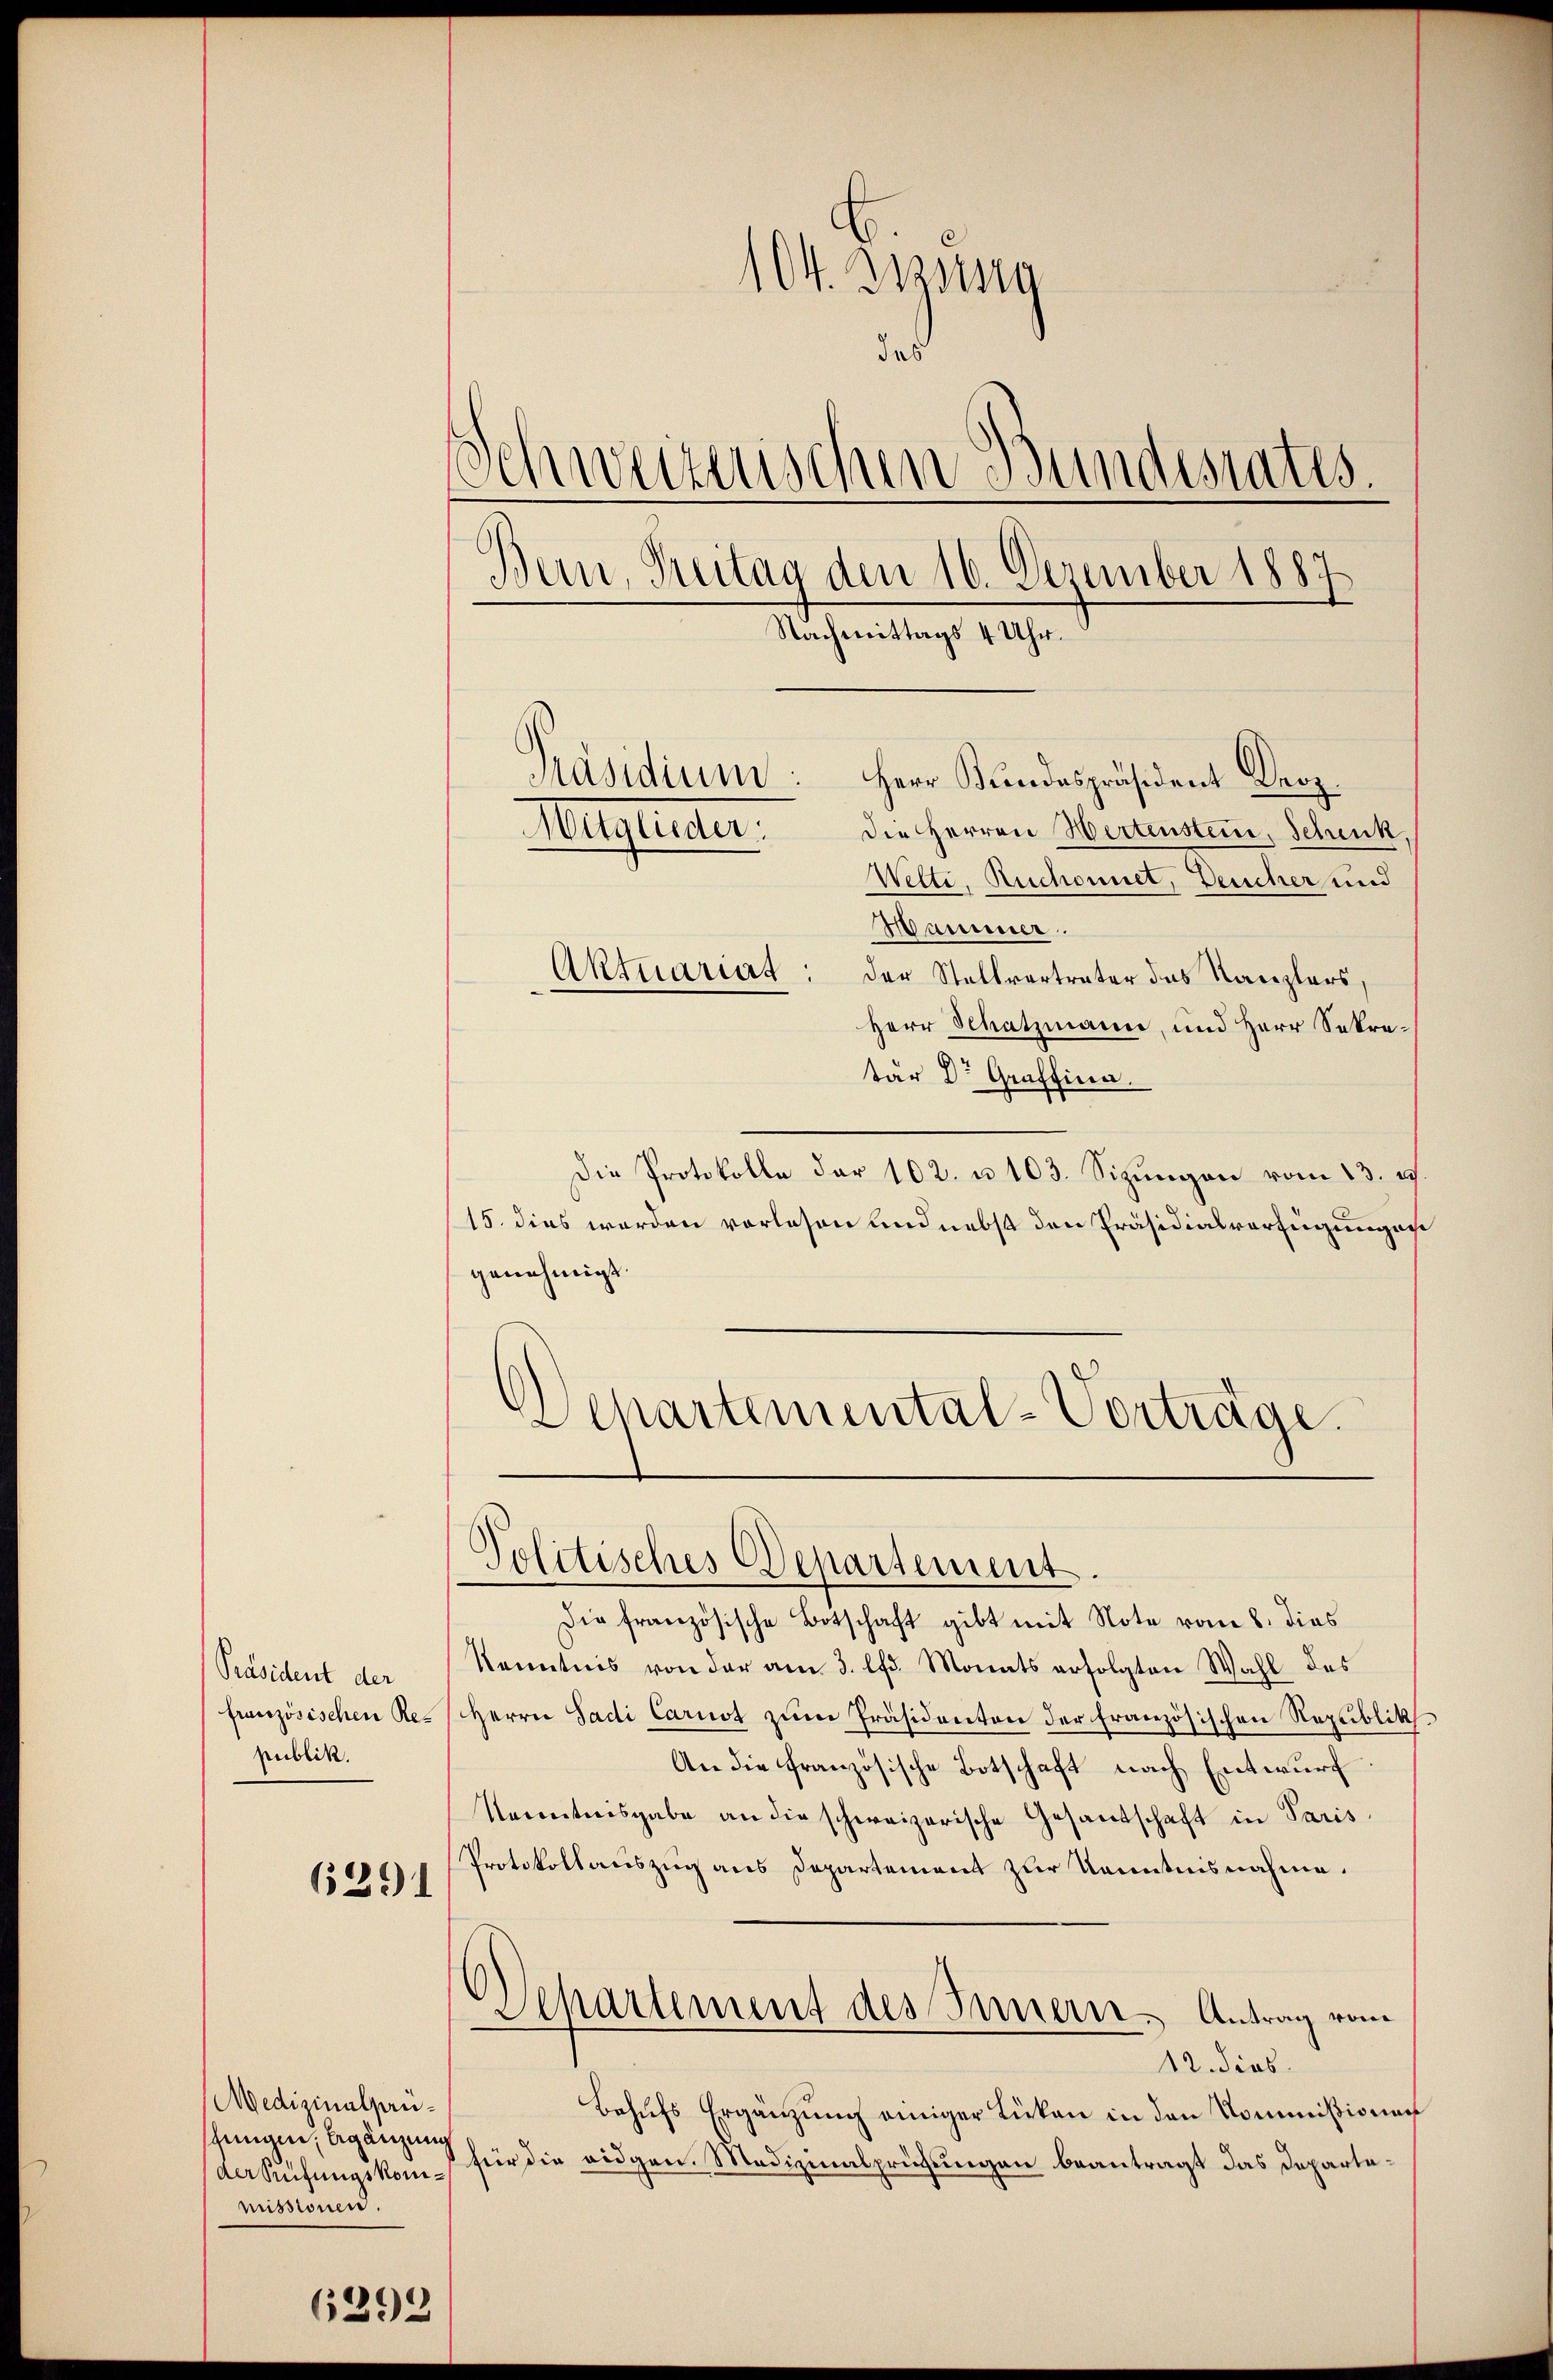
Präsident der
publik.

6291

Medizinalpauschungen, begänzung
der Kufungskommissionen.

6292

104. Zug
das
Schweizerischen Bundesrates.
Bern, Freitag den 16. Dezember 1887
Nachmittags 4 Uhr.
Präsidium
Herr Bundespräsident Droz.
die Herren Wertenstein, Schenk,
Mitglieder.
Wette, Ruchonnet, Deucher und
Maiser.
Aktuariat der Stellvertrater das Kanzlers,
Herr Schatzmann, und Herr Sekre¬

tär Dr Graffinn.
Die Protokolle der 102. u. 103. Sizungen vom 23. d.
15. dies werden vorlesen und nebst den Präsidialverfügungen
genehmigt.
Departemental-Vorträge.

Politisches Departement.

Die französische Botschaft gibt mit Note vom 8. dies
Kenntnis von der am 3. lfd. Monats erfolgten Wahl des
französischen des Herrn Sadi Carnot zum Präsidenten der französischen Republik
An die französische Botschaft nach Entwurf.
Nenntnisgabe an die schweizerische Gesandschaft in Paris
Protokollauszug aus Departement zur Kenntnisnahme.
Departement des Innern. Antrag vom
12. dies
Behufs Ergänzung einiger Lücken in den Kommißionen
für die eidgen. Medizinalprüfungen beantragt das Departe¬